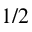
1 / 2